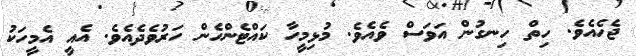
ޖެހެއެވެ. ހިތް ހިނގުން އަވަސް ވެއެވެ. މުޅިމީހާ ކައްޓެންހެން ހަރުވެދެއެވެ. އެއީ އެމީހަކު